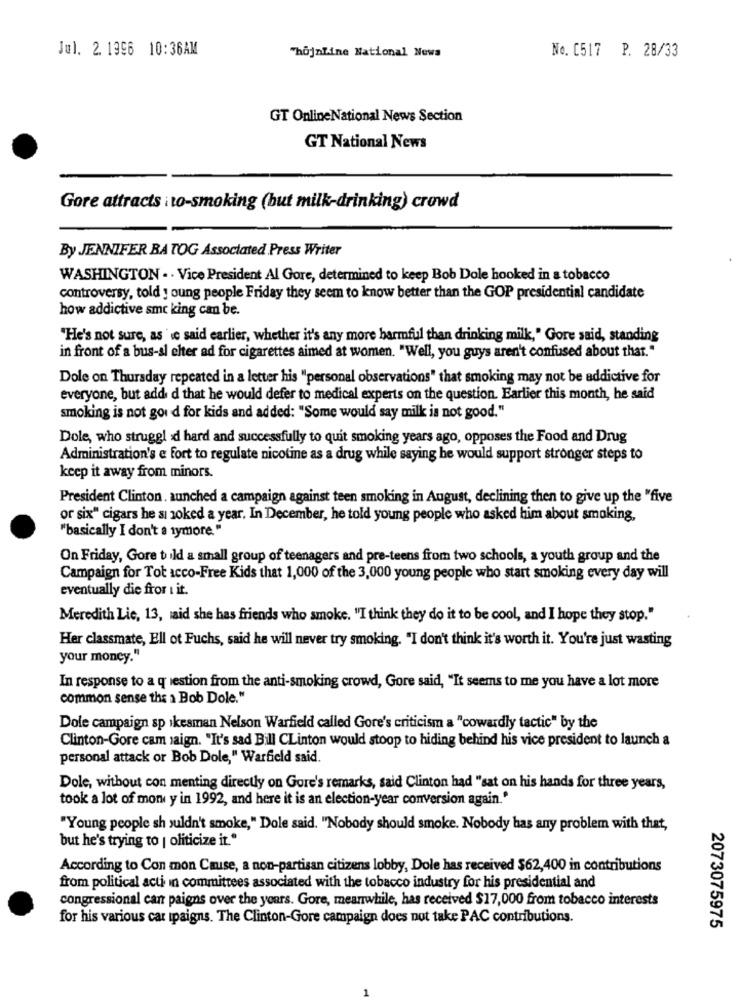
Jul. 2. 1996 10:36AM
"hojnline National News
No. 0517 P. 28/33
GT OnlineNational News Section
GT National News
Gore attracts ito-smoking (but milk-drinking) crowd
By JENNIFER BA TOG Associated Press Writer
WASHINGTON . . Vice President Al Gore, determined to keep Bob Dole hooked in a tobacco
controversy, told young people Friday they seem to know better than the GOP presidential candidate
how addictive smc king can be.
"He's not sure, as 'te said earlier, whether it's any more harmful than drinking milk," Gore said, standing
in front of a bus-sl elter ad for cigarettes aimed at women. "Well, you guys aren't confused about that."
Dole on Thursday repeated in a letter his "personal observations" that smoking may not be addictive for
everyone, but add d that he would defer to medical experts on the question. Earlier this month, he said
smoking is not gor d for kids and added: "Some would say milk is not good."
Dole, who strugg! d hard and successfully to quit smoking years ago, opposes the Food and Drug
Administration's e fort to regulate nicotine as a drug while saying he would support stronger steps to
keep it away from minors.
President Clinton. aunched a campaign against teen smoking in August, declining then to give up the "five
or six" cigars he sı zoked a year, In December, he told young people who asked him about smoking,
"basically I don't a tymore. "
On Friday, Gore bild a small group of teenagers and pre-teens from two schools, a youth group and the
Campaign for Tot acco-Free Kids that 1,000 of the 3,000 young people who start smoking every day will
eventually die fror I it.
Meredith Lie, 13, said she has friends who smoke. "I think they do it to be cool, and I hope they stop."
Her classmate, Ell ot Fuchs, said he will never try smoking. "I don't think it's worth it. You're just wasting
your money."
In response to a question from the anti-smoking crowd, Gore said, "It seems to me you have a lot more
common sense the a Bob Dole."
Dole campaign sp ikesman Nelson Warfield called Gore's criticism a "cowardly tactic" by the
Clinton-Gore cam jaign. "It's sad Bill CLinton would stoop to hiding behind his vice president to launch a
personal attack or Bob Dole," Warfield said.
Dole, without con menting directly on Gore's remarks, said Clinton had "sat on his hands for three years,
took a lot of mon y in 1992, and here it is an election-year conversion again."
"Young people sh suldn't smoke," Dole said. "Nobody should smoke. Nobody has any problem with that,
but he's trying to | oliticize it."
According to Con mon Cause, a non-partisan citizens lobby, Dole has received $62,400 in contributions
from political acti in committees associated with the tobacco industry for his presidential and
congressional can paigns over the years. Gore, meanwhile, has received $17,000 from tobacco interests
for his various car ipaigns. The Clinton-Gore campaign does not take PAC contributions.
2073075975